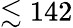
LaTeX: \lesssim 142